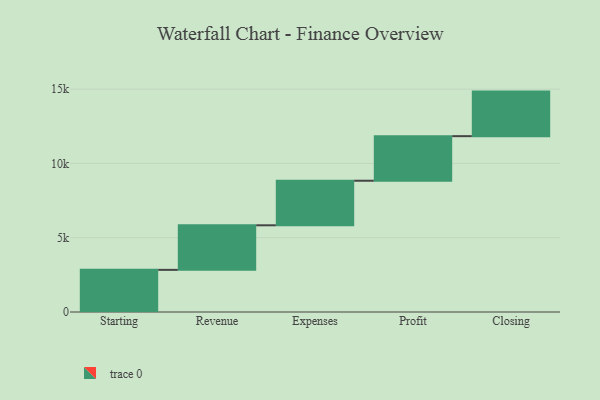
{"axis": {"x": "Step", "y": "Value"}, "legend": [""], "data": [{"x": "Starting", "y": 2837.0, "type": ""}, {"x": "Revenue", "y": 3000, "type": ""}, {"x": "Expenses", "y": 3000, "type": ""}, {"x": "Profit", "y": 3000, "type": ""}, {"x": "Closing", "y": 3000, "type": ""}]}